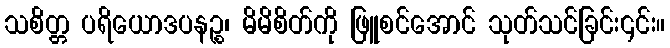
သစိတ္တ ပရိယောဒပနဉ္စ၊ မိမိစိတ်ကို ဖြူစင်အောင် သုတ်သင်ခြင်း၎င်း။